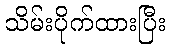
သိမ်းပိုက်ထားပြီး